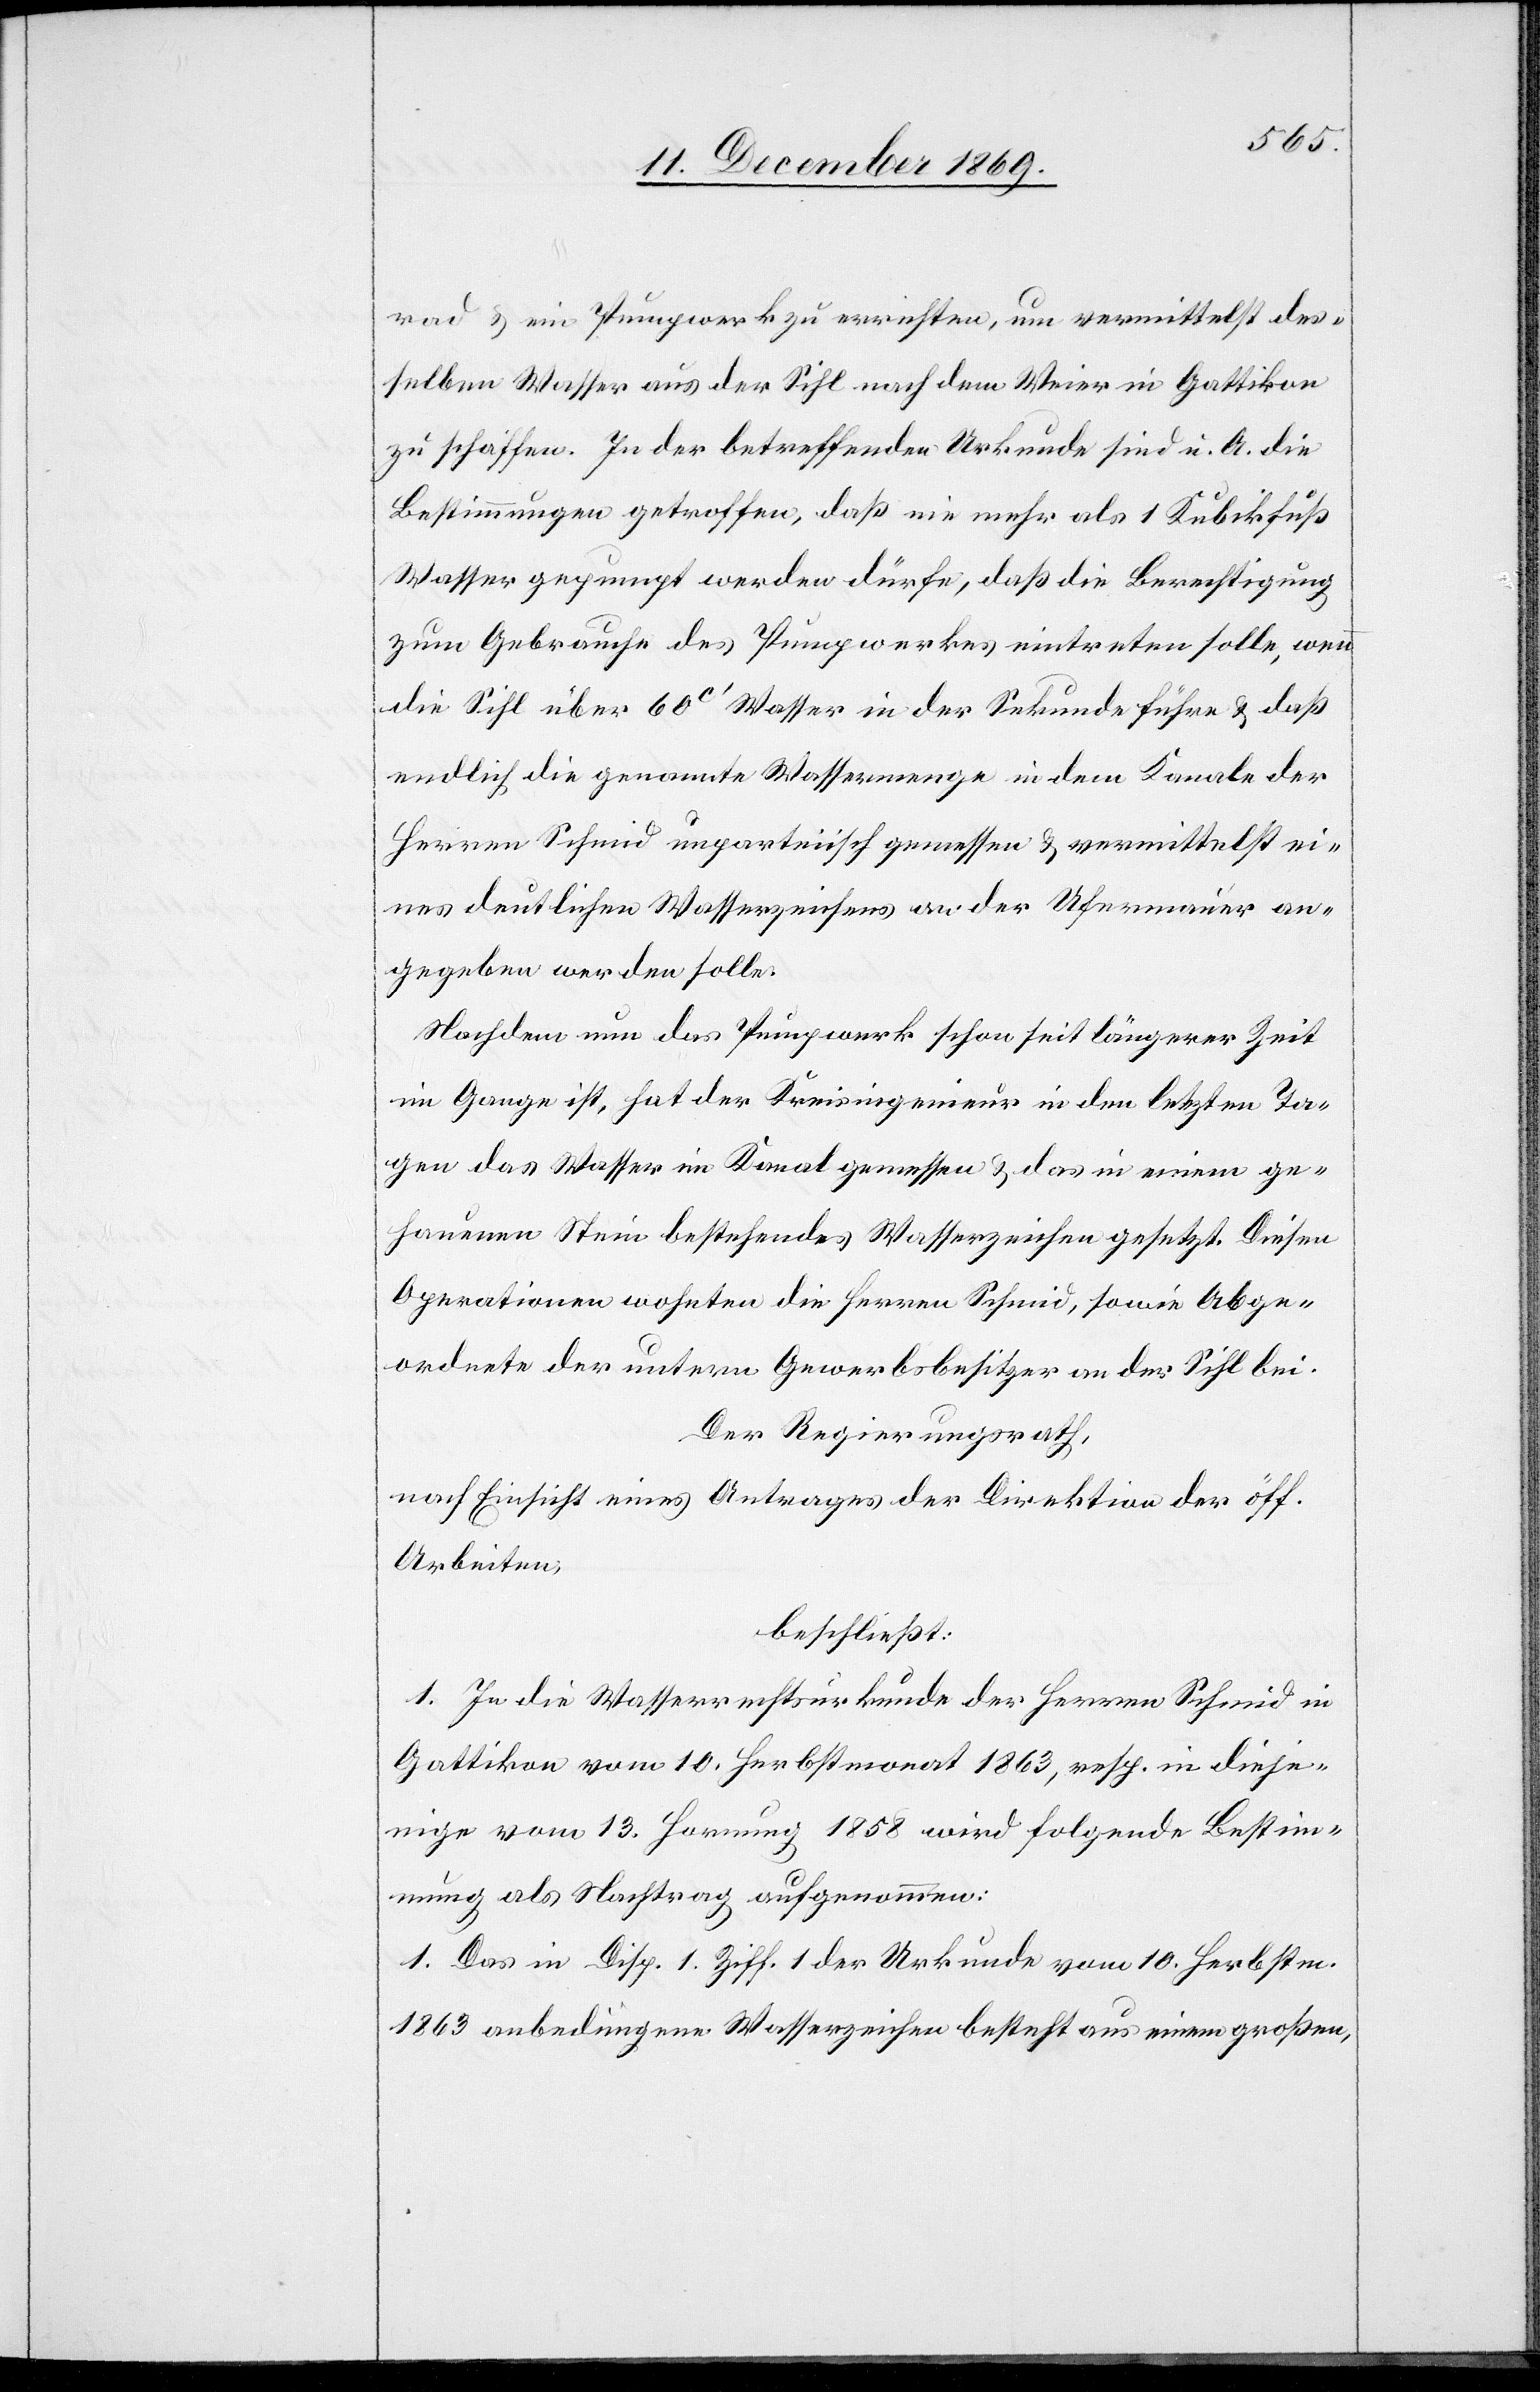
rad & ein Pumpwerk zu errichten, um vermittelst des¬
selben Wasser aus der Sihl nach dem Weier in Gattikon
zu schaffen. In der betreffenden Urkunde sind u. A. die
Bestimmungen getroffen, daß nie mehr als 1 Kubikfuß
Wasser gepumpt werden dürfe, daß die Berechtigung
zum Gebrauche des Pumpwerkes eintreten solle, wenn
die Sihl über 60C‘ Wasser in der Sekunde führe & daß
endlich die genannte Wassermenge in dem Kanale der
Herren Schmid unparteiisch gemessen & vermittelst ei¬
nes deutlichen Wasserzeichens an der Ufermauer an¬
gegeben werden solle.
Nachdem nun das Pumpwerk schon seit längerer Zeit
im Gange ist, hat der Kreisingenieur in den letzten Ta¬
gen das Wasser im Kanal gemessen & das in einem ge¬
hauenen Stein bestehendes Wasserzeichen gesetzt. Diesen
Operationen wohnten die Herren Schmid, sowie Abge¬
ordnete der untern Gewerbsbesitzer an der Sihl bei.
Der Regierungsrath,
nach Einsicht eines Antrages der Direktion der öff.
Arbeiten,
beschließt:
1. In die Wasserrechtsurkunde der Herren Schmid in
Gattikon vom 10. Herbstmonat 1863, resp. in dieje¬
nige vom 13. Hornung 1858 wird folgende Bestim¬
mung als Nachtrag aufgenommen:
1. Das in Disp. 1 Ziff. 1 der Urkunde vom 10. Herbstm.
1863 anbedungene Wasserzeichen besteht aus einem großen,